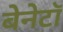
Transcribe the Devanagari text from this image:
बेनेटॉ